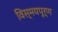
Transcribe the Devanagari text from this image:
विस्मयपूर्ण